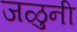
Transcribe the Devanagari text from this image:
जळुनी